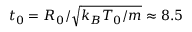
t _ { 0 } = R _ { 0 } / \sqrt { k _ { B } T _ { 0 } / m } \approx 8 . 5